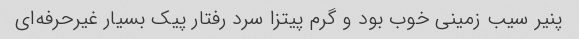
پنیر سیب زمینی خوب بود و گرم پیتزا سرد رفتار پیک بسیار غیرحرفه‌ای